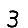
Digit: 3